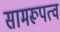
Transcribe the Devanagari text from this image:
सामरूपत्व